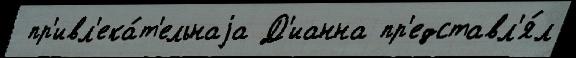
 пр'ивл'ека́т'ельнаjа Д'ианна пр'едставл'я́л